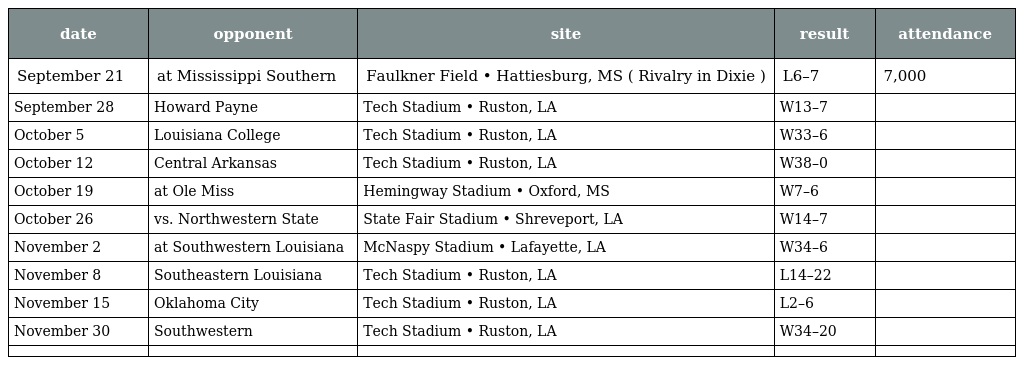
| date | opponent | site | result | attendance |
 | --- | --- | --- | --- | --- |
 | September 21 | at Mississippi Southern | Faulkner Field • Hattiesburg, MS ( Rivalry in Dixie ) | L6–7 | 7,000 |
 | September 28 | Howard Payne | Tech Stadium • Ruston, LA | W13–7 |  |
 | October 5 | Louisiana College | Tech Stadium • Ruston, LA | W33–6 |  |
 | October 12 | Central Arkansas | Tech Stadium • Ruston, LA | W38–0 |  |
 | October 19 | at Ole Miss | Hemingway Stadium • Oxford, MS | W7–6 |  |
 | October 26 | vs. Northwestern State | State Fair Stadium • Shreveport, LA | W14–7 |  |
 | November 2 | at Southwestern Louisiana | McNaspy Stadium • Lafayette, LA | W34–6 |  |
 | November 8 | Southeastern Louisiana | Tech Stadium • Ruston, LA | L14–22 |  |
 | November 15 | Oklahoma City | Tech Stadium • Ruston, LA | L2–6 |  |
 | November 30 | Southwestern | Tech Stadium • Ruston, LA | W34–20 |  |
 |  |  |  |  |  |